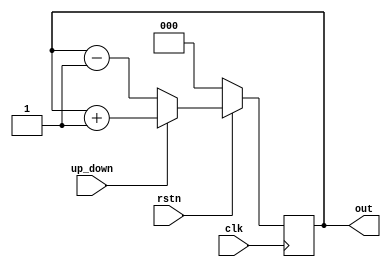

module ctr(input	up_down,
           			clk,
           			rstn,
  output reg [2:0] 	out);
  
  always @ (posedge clk)
    if (!rstn)
      out <= 0;
  	else begin
      if (up_down)
        out <= out + 1;
      else 
        out <= out - 1;
      end
endmodule